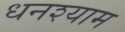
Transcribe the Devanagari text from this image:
धनश्याम